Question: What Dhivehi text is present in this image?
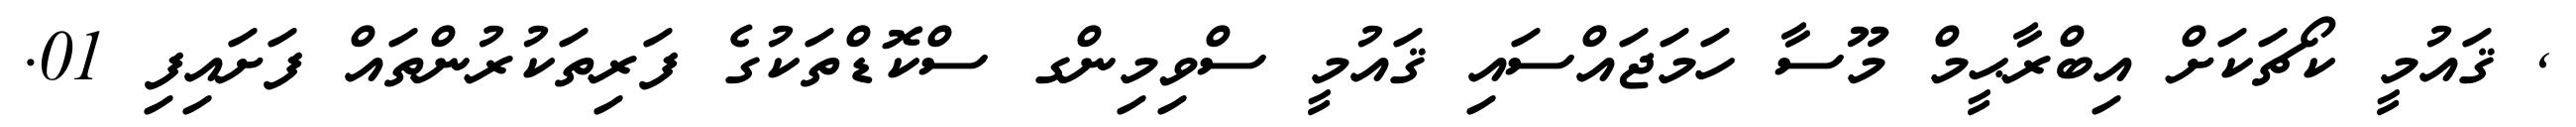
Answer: , ޤައުމީ ކޯޗަކަށް އިބްރާޙީމް މޫސާ ހަމަޖައްސައި ޤައުމީ ސްވިމިންގ ސްކޮޑްތަކުގެ ފަރިތަކުރުންތައް ފަށައިފި 01.